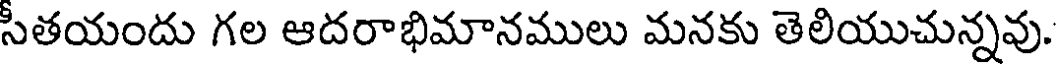
సీతయందు గల ఆదరాభిమానములు మనకు తెలియుచున్నవు.